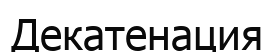
Декатенация